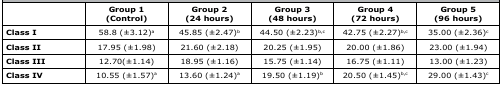
|  | Group 1(Control) | Group 2(24 hours) | Group 3(48 hours) | Group 4(72 hours) | Group 5(96 hours) |
 | --- | --- | --- | --- | --- | --- |
 | Class I | 58.8 (±3.12)a | 45.85 (±2.47)b | 44.50 (±2.23)b,c | 42.75 (±2.27)b,c | 35.00 (±2.36)c |
 | Class II | 17.95 (±1.98) | 21.60 (±2.18) | 20.25 (±1.95) | 20.00 (±1.86) | 23.00 (±1.94) |
 | Class III | 12.70(±1.14) | 18.95 (±1.16) | 15.75 (±1.14) | 16.75 (±1.11) | 13.00 (±1.23) |
 | Class IV | 10.55 (±1.57)a | 13.60 (±1.24)a | 19.50 (±1.19)b | 20.50 (±1.45)b,c | 29.00 (±1.43)c |